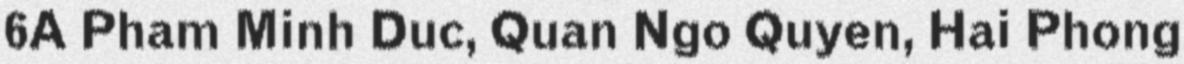
6A Pham Minh Duc, Quan Ngo Quyen, Hai Phong